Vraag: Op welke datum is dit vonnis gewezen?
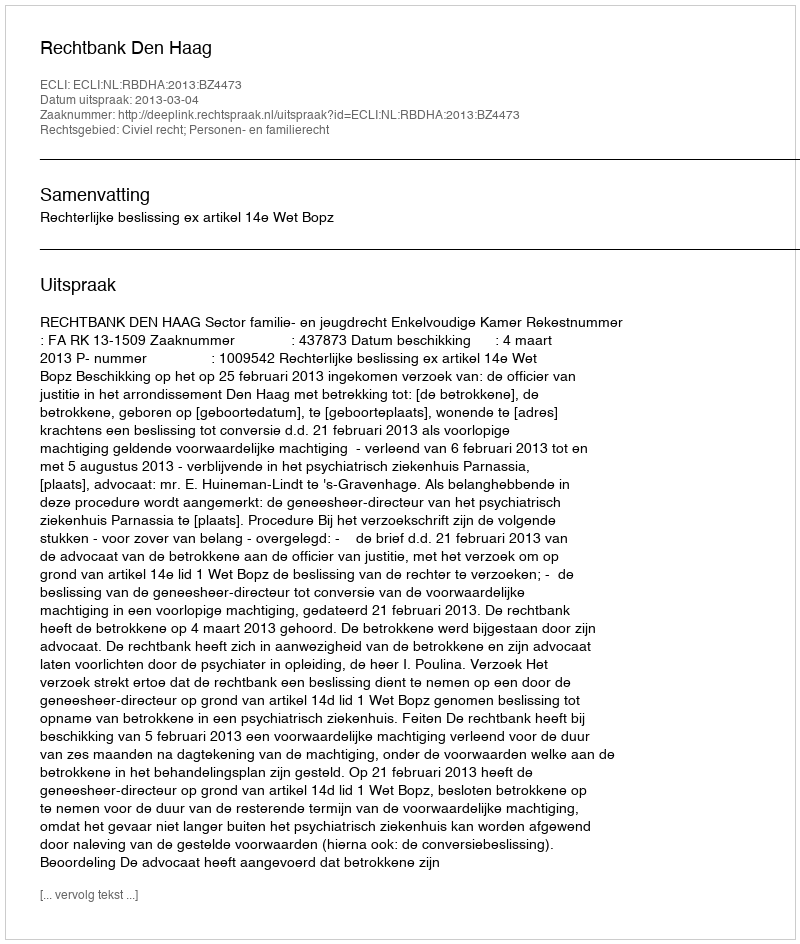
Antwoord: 2013-03-04